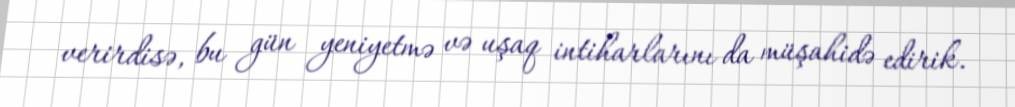
verirdisə, bu gün yeniyetmə və uşaq intiharlarını da müşahidə edirik.